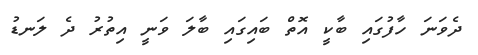
ދެވަނަ ހާފުގައި ބާކީ އޮތް ބައިގައި ބާލަ ވަނީ އިތުުރު ދެ ލަނޑު